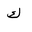
Letter: _kaf